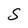
Character: S